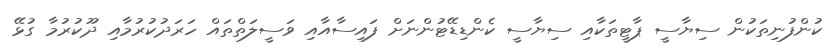
ކުންފުނިތަކުން ސިޔާސީ ޕާޓީތަކާއި ސިޔާސީ ކެންޑިޑޭޓުންނަށް ފައިސާއާއި ވަސީލަތްތައް ހަރަދުކުރުމާއި ދޫކުރުމާ ގުޅޭ